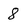
Character: 8